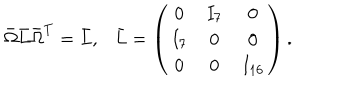
\bar { \Omega } \bar { L } \bar { \Omega } ^ { T } = \bar { L } , \ \ \ \bar { L } = \left( \begin{matrix} { { 0 } } & { { I _ { 7 } } } & { { 0 } } \\ { { I _ { 7 } } } & { { 0 } } & { { 0 } } \\ { { 0 } } & { { 0 } } & { { I _ { 1 6 } } } \\ \end{matrix} \right) .